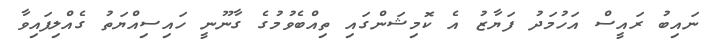
ނައިބު ރައީސް އަހުމަދު ފަޔާޒު އެ ކޮމިޝަންގައި ތިއްބެވުމުގެ ގާނޫނީ ހައިސިއްޔަތު ގެއްލިފައިވާ